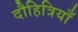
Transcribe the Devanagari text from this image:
दौहित्रियाँ